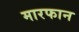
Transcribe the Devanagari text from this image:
मारफान